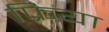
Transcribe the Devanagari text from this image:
फ्रिया